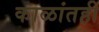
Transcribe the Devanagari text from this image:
काळांतही